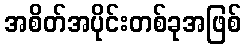
အစိတ်အပိုင်းတစ်ခုအဖြစ်